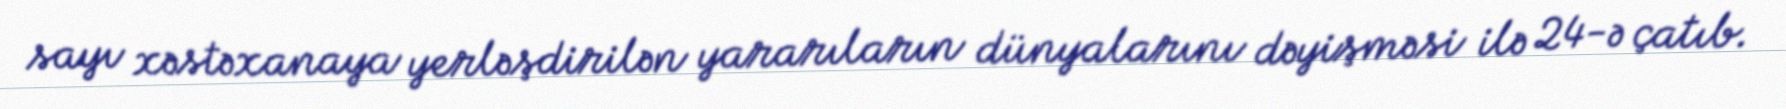
sayı xəstəxanaya yerləşdirilən yararıların dünyalarını dəyişməsi ilə 24-ə çatıb.